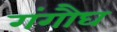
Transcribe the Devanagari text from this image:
गंगौघ